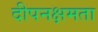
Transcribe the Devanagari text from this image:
दीपनक्षमता